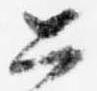
公